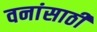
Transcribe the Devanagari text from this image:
वनांसाठी